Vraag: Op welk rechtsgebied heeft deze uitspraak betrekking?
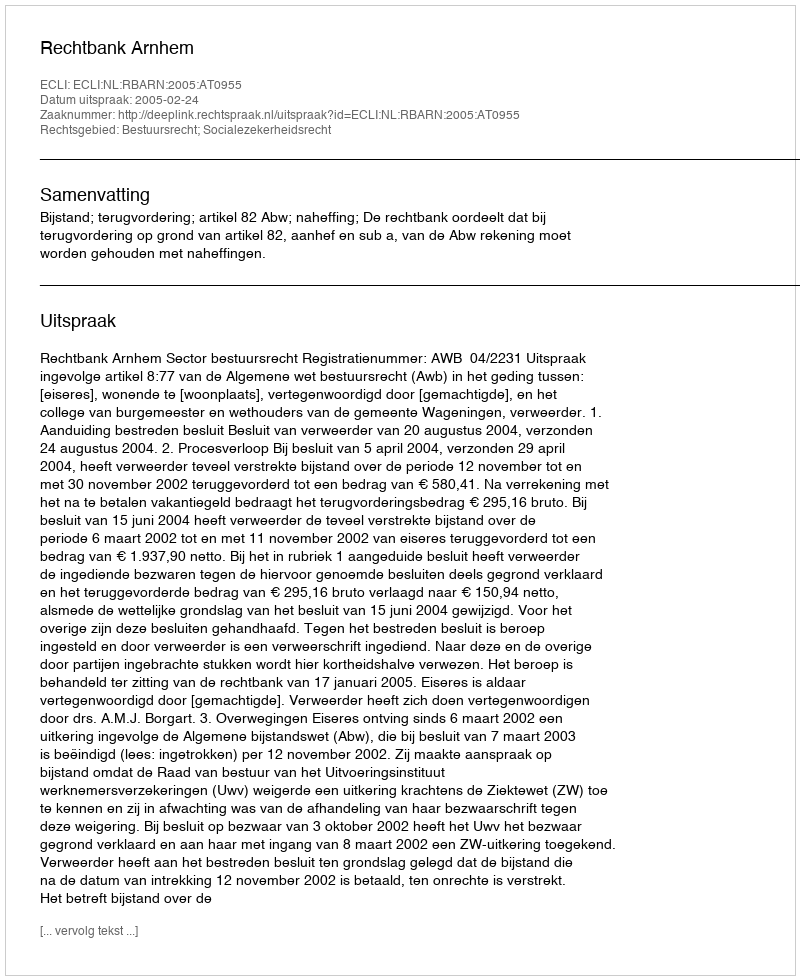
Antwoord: Bestuursrecht; Socialezekerheidsrecht